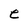
Character: e